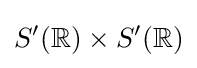
S'(\mathbb {R} )\times S'(\mathbb {R} )